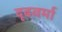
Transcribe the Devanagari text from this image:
दृढवर्मा